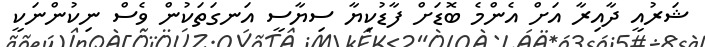
ޝަރުއީ ދާއިރާ އަށް އެންމެ ބޮޑަށް ފާޑުކިޔާ ސިޔާސީ އަނގަތަކުން ވެސް ނިކުންނަކީ